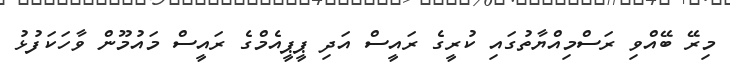
މިރޭ ބޭއްވި ރަސްމިއްޔާތުގައި ކުރީގެ ރައީސް އަދި ޕީޕީއެމްގެ ރައީސް މައުމޫން ވާހަކަފުޅު